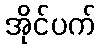
အိုင်ပက်